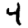
Digit: 4